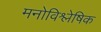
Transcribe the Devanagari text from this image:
मनोविश्लेषिक